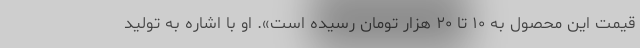
قیمت این محصول به ۱۰ تا ۲۰ هزار تومان رسیده است». او با اشاره به تولید